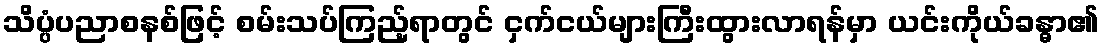
သိပ္ပံပညာစနစ်ဖြင့် စမ်းသပ်ကြည့်ရာတွင် ငှက်ငယ်များကြီးထွားလာရန်မှာ ယင်းကိုယ်ခန္ဓာ၏